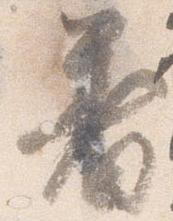
着